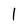
Character: l